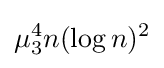
\mu _{3}^{4}n(\log n)^{2}